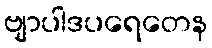
ဗျာပါဒပရေတေန